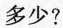
多少？